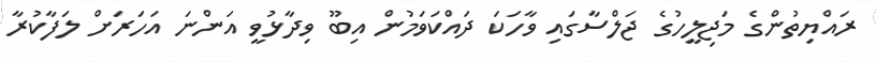
ރައްޔިތުންގެ މަޖިލީހުގެ ޖަލްސާގައި ވާހަކަ ދައްކަވަމުން އިބޫ ވިދާޅުވީ އަންނަ އަހަރަށް ލަފާކުރާ